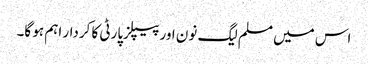
اس میں مسلم لیگ نون اور پیپلزپارٹی کا کردار اہم ہو گا۔